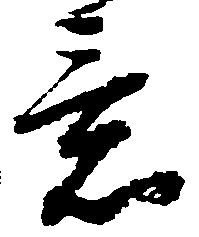
意